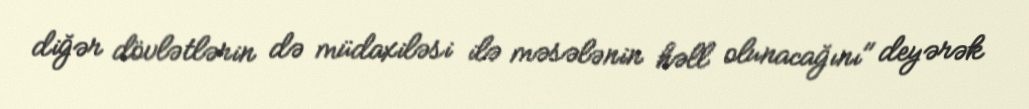
diğər dövlətlərin də müdaxiləsi ilə məsələnin həll olunacağını" deyərək